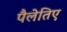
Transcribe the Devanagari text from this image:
पैलेतिए